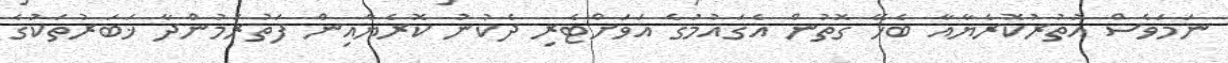
ނަމަވެސް އުތުރުކޮރެޔާއާ ބެހޭ ގޮތުން އެގައުމުގެ އަވަށްޓެރި ދެކުނު ކޮރެޔާއިން ފަތުރަމުންދާ ޚަބަރުތަކުގެ